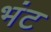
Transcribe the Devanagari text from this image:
भंट